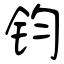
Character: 钧